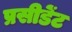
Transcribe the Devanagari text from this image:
प्रसीडेंट